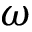
\omega